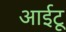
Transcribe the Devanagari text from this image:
आईटू